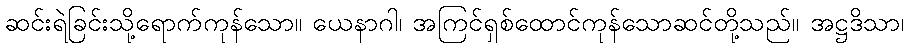
ဆင်းရဲခြင်းသို့ရောက်ကုန်သော။ ယေနာဂါ၊ အကြင်ရှစ်ထောင်ကုန်သောဆင်တို့သည်။ အဋ္ဌဒိသာ၊